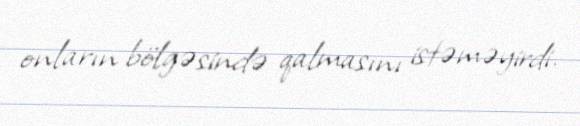
onların bölgəsində qalmasını istəməyirdi.